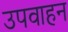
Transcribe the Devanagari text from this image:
उपवाहन